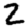
Digit: 2